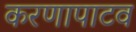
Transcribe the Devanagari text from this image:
करणापाटव